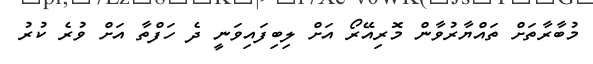
މުބާރާތަށް ތައްޔާރުވާން މޮރިއޭރޯ އަށް ލިބިފައިވަނީ ދެ ހަފްތާ އަށް ވުރެ ކުރު